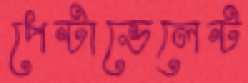
পেন্টাভেলেন্ট